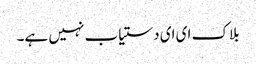
بلاک ای ای دستیاب نہیں ہے۔